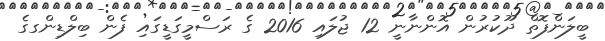
ބީލަންފޮތް ދޫކުރުން އޮންނާނީ 12 ޖުލައި 2016 ގެ ރަސްމީގަޑީގައި ފެން ބިލްޑިންގގެ